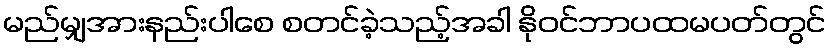
မည်မျှအားနည်းပါစေ စတင်ခဲ့သည့်အခါ နိုဝင်ဘာပထမပတ်တွင်